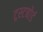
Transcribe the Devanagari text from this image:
ट्रस्टबोर्ड